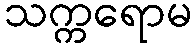
သက္ကရောမ